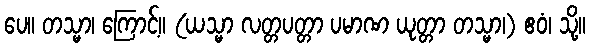
ပေ။ တသ္မာ၊ ကြောင့်။ (ယသ္မာ လတ္တပတ္တာ ပမာဏ ယုတ္တာ တသ္မာ၊) ဧဝံ၊ သို့။